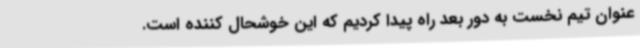
عنوان تیم نخست به دور بعد راه پیدا کردیم که این خوشحال کننده است.